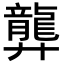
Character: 龏